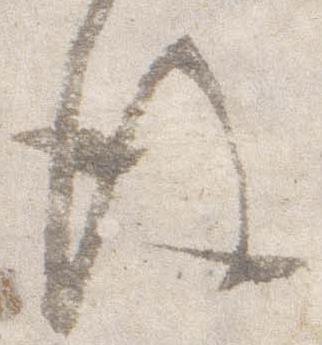
後